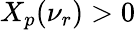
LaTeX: X_{p}(\nu_{r})>0